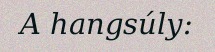
A hangsúly: